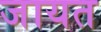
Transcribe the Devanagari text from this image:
जायत